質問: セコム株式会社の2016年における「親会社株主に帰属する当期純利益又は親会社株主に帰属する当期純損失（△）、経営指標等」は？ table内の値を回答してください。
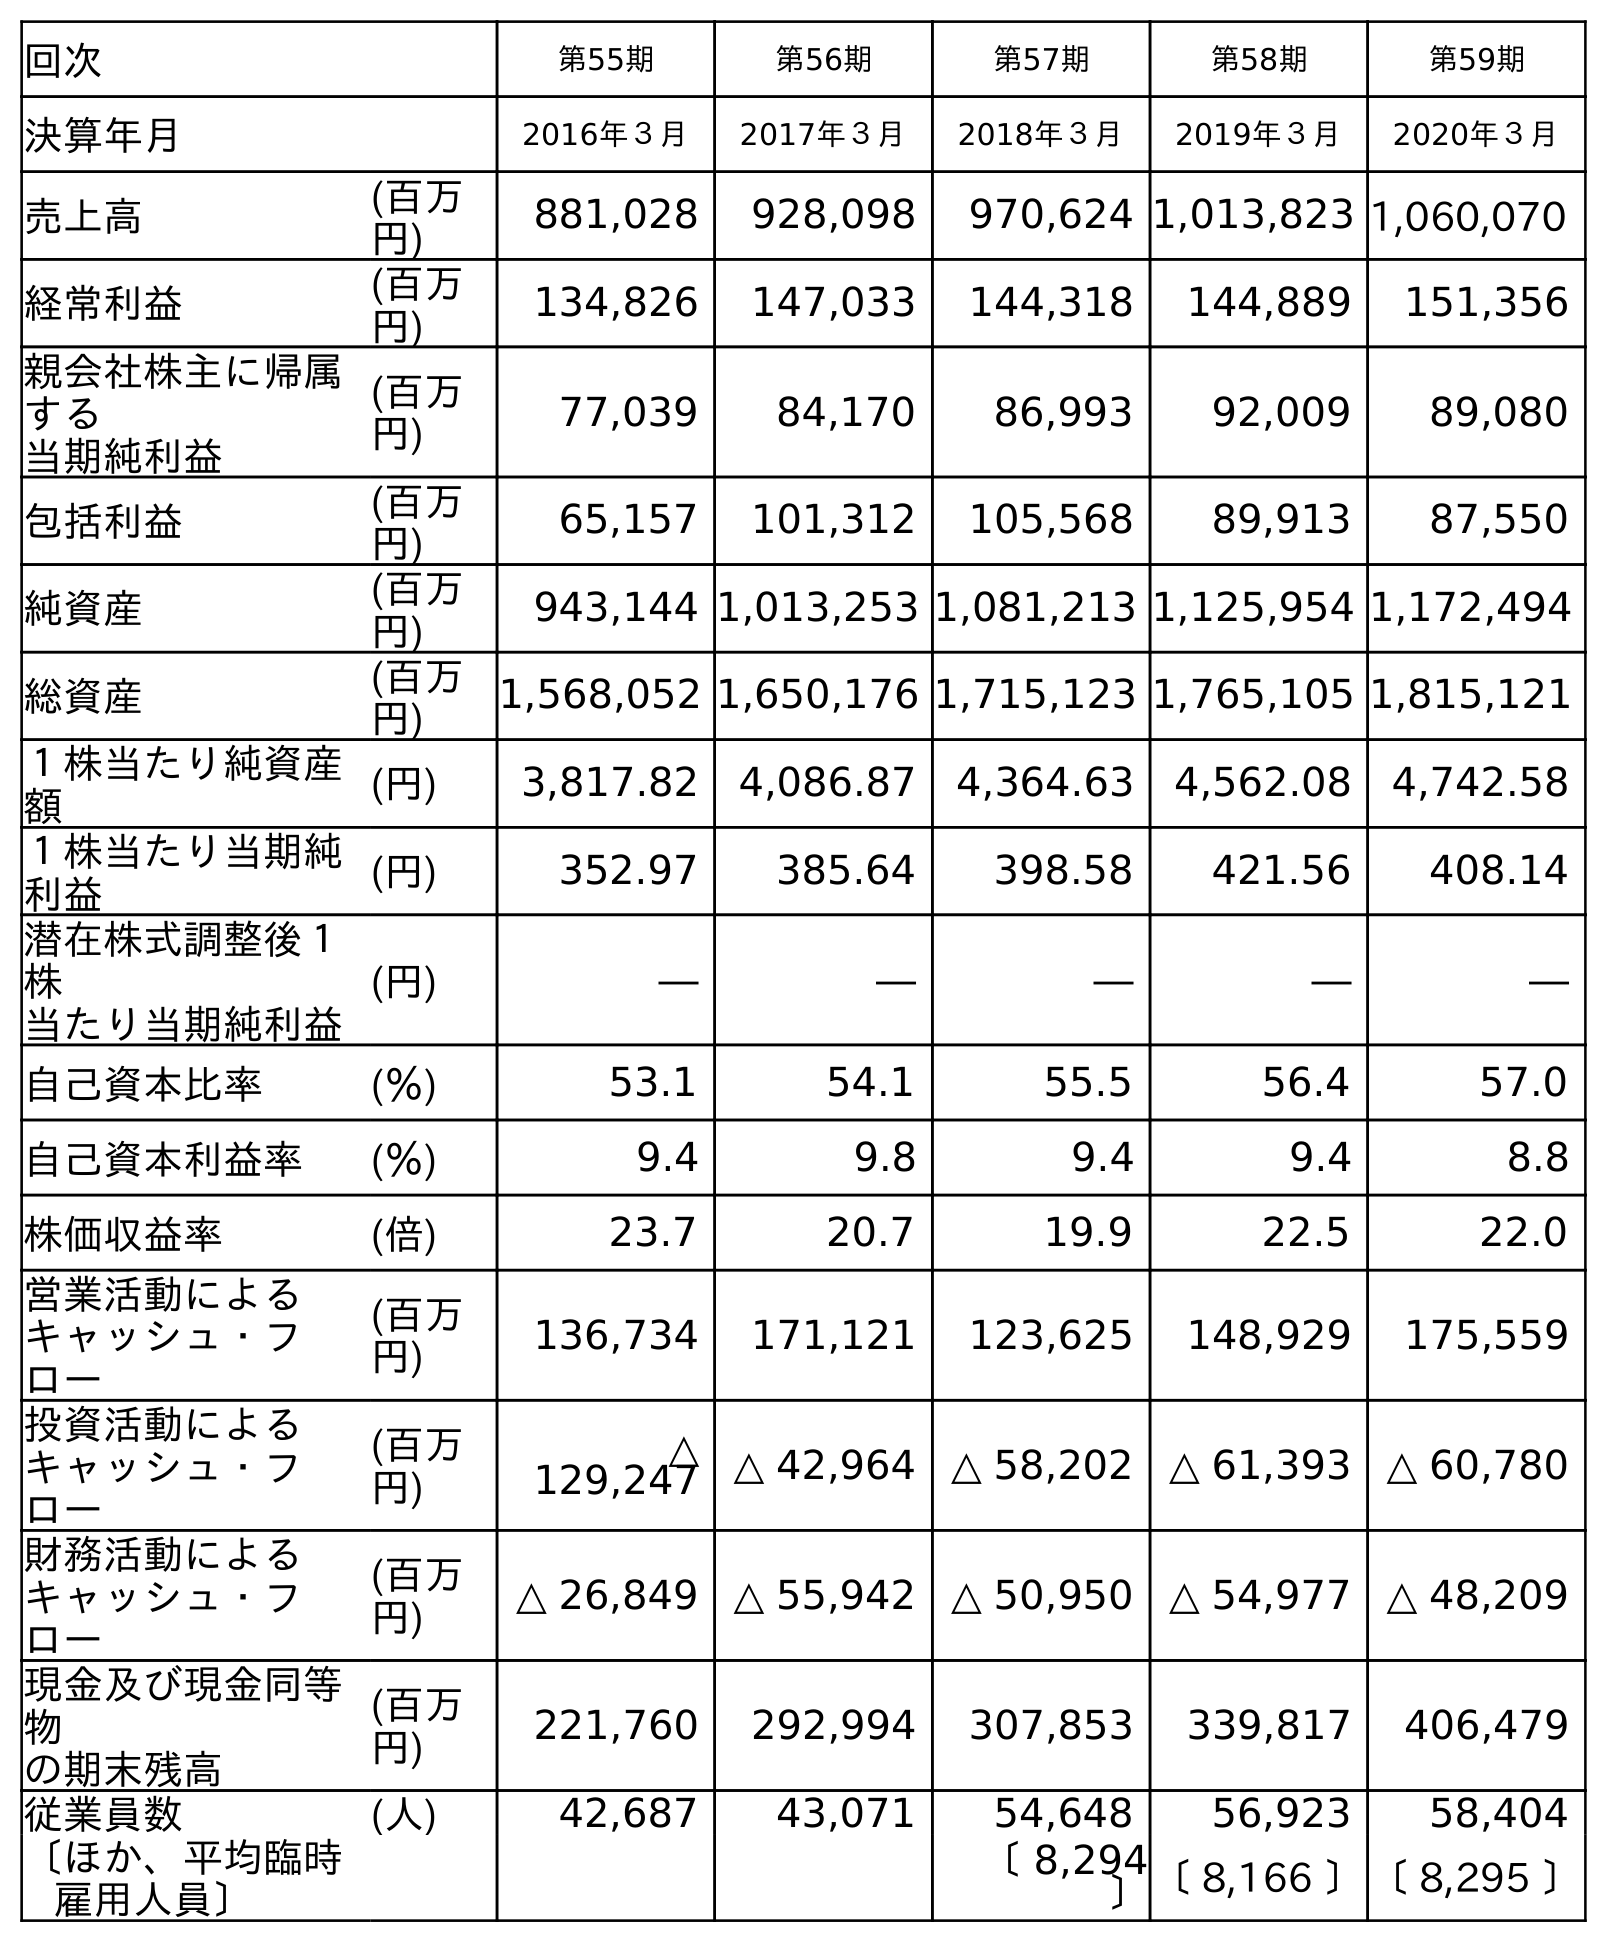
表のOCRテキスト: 回次 第55期 第56期 第57期 第58期 第59期 決算年月 2016年３月 2017年３月 2018年３月 2019年３月 2020年３月 売上高 (百万 円) 881,028 928,098 970,624 1,013,823 1,060,070 経常利益 (百万 円) 134,826 147,033 144,318 144,889 151,356 親会社株主に帰属 する 当期純利益 (百万 円) 77,039 84,170 86,993 92,009 89,080 包括利益 (百万 円) 65,157 101,312 105,568 89,913 87,550 純資産 (百万 円) 943,144 1,013,253 1,081,213 1,125,954 1,172,494 総資産 (百万 円) 1,568,052 1,650,176 1,715,123 1,765,105 1,815,121 １株当たり純資産 額 (円) 3,817.82 4,086.87 4,364.63 4,562.08 4,742.58 １株当たり当期純 利益 (円) 352.97 385.64 398.58 421.56 408.14 潜在株式調整後１ 株 当たり当期純利益 (円) ― ― ― ― ― 自己資本比率 (％) 53.1 54.1 55.5 56.4 57.0 自己資本利益率 (％) 9.4 9.8 9.4 9.4 8.8 株価収益率 (倍) 23.7 20.7 19.9 22.5 22.0 営業活動による キャッシュ・フ ロー (百万 円) 136,734 171,121 123,625 148,929 175,559 投資活動による キャッシュ・フ ロー (百万 円) △ 129,247 △ 42,964 △ 58,202 △ 61,393 △ 60,780 財務活動による キャッシュ・フ ロー (百万 円) △ 26,849 △ 55,942 △ 50,950 △ 54,977 △ 48,209 現金及び現金同等 物 の期末残高 (百万 円) 221,760 292,994 307,853 339,817 406,479 従業員数 (人) 42,687 43,071 54,648 56,923 58,404 〔ほか、平均臨時 雇用人員〕 〔 8,294 〕〔 8,166 〕〔 8,295 〕
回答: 77,039